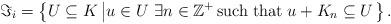
LaTeX: \begin{align*} \Im _{i} =\left\{U\subseteq K\left|u\in U\, \, \exists n\in {\mathbb Z}^{+} \, {\rm such\; that\; }u+K_{n} \subseteq U\right. \right\}.\end{align*}